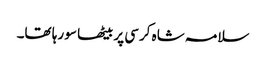
سلامہ شاہ کرسی پر بیٹھا سو رہا تھا۔